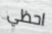
احظي